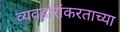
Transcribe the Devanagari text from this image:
व्यवहारांकरताच्या